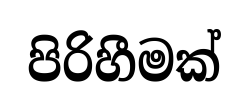
පිරිහීමක්